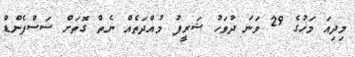
މިދިއަ މަހުގެ 29 ވަނަ ދުވަހު ޝަރީފު މުއްދަތެއް ނެތް ގޮތަށް ސަސްޕެންޑް